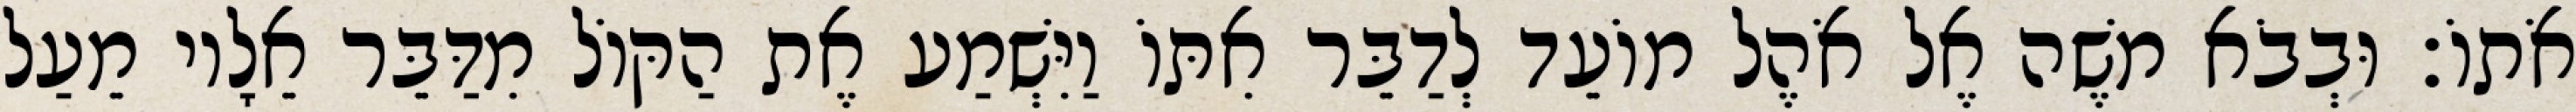
אֹתוֹ׃ וּבְבֹא משֶׁה אֶל אֹהֶל מוֹעֵד לְדַבֵּר אִתּוֹ וַיִּשְׁמַע אֶת הַקּוֹל מִדַּבֵּר אֵלָיו מֵעַל